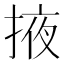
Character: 掖